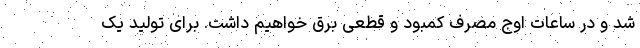
شد و در ساعات اوج مصرف کمبود و قطعی برق خواهیم داشت. برای تولید یک